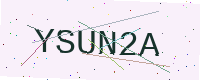
Text: YSUN2A